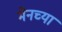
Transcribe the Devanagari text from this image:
मेनच्या